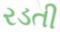
રડતી